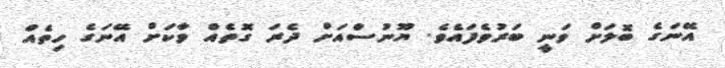
އޭނަގެ ބޮލަށް ވަނީ ބަރުވެފައެވެ. ޔޫނުސްއަށް ދެރަ ގޮތެއް ވާކަށް އޭނަގެ ހިތެއް